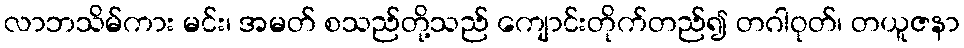
လာဘသိမ်ကား မင်း၊ အမတ် စသည်တို့သည် ကျောင်းတိုက်တည်၍ တဂါဝုတ်၊ တယူဇနာ